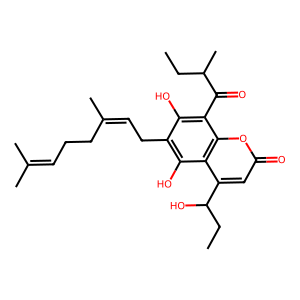
SMILES: CCC(C)C(=O)c1c(O)c(CC=C(C)CCC=C(C)C)c(O)c2c(C(O)CC)cc(=O)oc12
Inhibits HIV replication: No